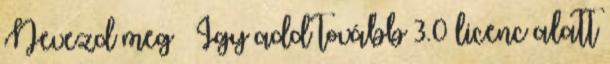
Nevezd meg – Így add tovább 3.0 licenc alatt